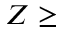
Z \ge